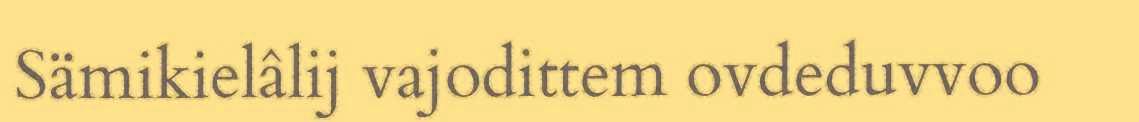
Sämikielâlij vajodittem ovdeduvvoo